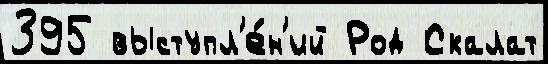
395 выступл'е́н'ий Род Скалат